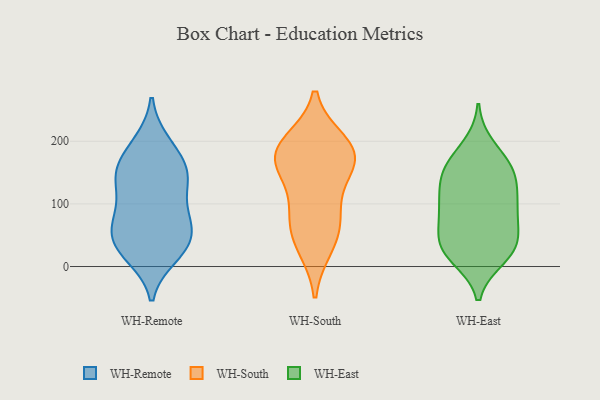
{"axis": {"x": "Tickets Resolved", "y": "Value"}, "legend": ["WH-East", "WH-Remote", "WH-South"], "data": [{"x": "", "y": 16, "type": "WH-Remote"}, {"x": "", "y": 56, "type": "WH-Remote"}, {"x": "", "y": 145, "type": "WH-Remote"}, {"x": "", "y": 78, "type": "WH-Remote"}, {"x": "", "y": 158, "type": "WH-Remote"}, {"x": "", "y": 24, "type": "WH-Remote"}, {"x": "", "y": 119, "type": "WH-Remote"}, {"x": "", "y": 198, "type": "WH-Remote"}, {"x": "", "y": 54, "type": "WH-Remote"}, {"x": "", "y": 62, "type": "WH-Remote"}, {"x": "", "y": 50, "type": "WH-Remote"}, {"x": "", "y": 166, "type": "WH-Remote"}, {"x": "", "y": 82, "type": "WH-Remote"}, {"x": "", "y": 199, "type": "WH-Remote"}, {"x": "", "y": 133, "type": "WH-Remote"}, {"x": "", "y": 100, "type": "WH-Remote"}, {"x": "", "y": 31, "type": "WH-Remote"}, {"x": "", "y": 151, "type": "WH-Remote"}, {"x": "", "y": 153, "type": "WH-Remote"}, {"x": "", "y": 19, "type": "WH-Remote"}, {"x": "", "y": 197, "type": "WH-South"}, {"x": "", "y": 83, "type": "WH-South"}, {"x": "", "y": 172, "type": "WH-South"}, {"x": "", "y": 182, "type": "WH-South"}, {"x": "", "y": 174, "type": "WH-South"}, {"x": "", "y": 149, "type": "WH-South"}, {"x": "", "y": 88, "type": "WH-South"}, {"x": "", "y": 33, "type": "WH-South"}, {"x": "", "y": 48, "type": "WH-South"}, {"x": "", "y": 183, "type": "WH-South"}, {"x": "", "y": 147, "type": "WH-East"}, {"x": "", "y": 43, "type": "WH-East"}, {"x": "", "y": 152, "type": "WH-East"}, {"x": "", "y": 92, "type": "WH-East"}, {"x": "", "y": 29, "type": "WH-East"}, {"x": "", "y": 191, "type": "WH-East"}, {"x": "", "y": 162, "type": "WH-East"}, {"x": "", "y": 160, "type": "WH-East"}, {"x": "", "y": 15, "type": "WH-East"}, {"x": "", "y": 20, "type": "WH-East"}, {"x": "", "y": 92, "type": "WH-East"}, {"x": "", "y": 32, "type": "WH-East"}, {"x": "", "y": 76, "type": "WH-East"}, {"x": "", "y": 89, "type": "WH-East"}, {"x": "", "y": 127, "type": "WH-East"}, {"x": "", "y": 117, "type": "WH-East"}, {"x": "", "y": 40, "type": "WH-East"}]}